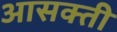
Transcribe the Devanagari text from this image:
आसक्‍ती